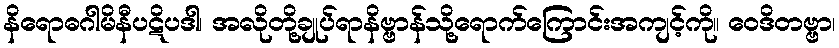
နိရောဓဂါမိနီပဋိပဒါ၊ အလိုတို့ချုပ်ရာနိဗ္ဗာန်သို့ရောက်ကြောင်းအကျင့်ကို။ ဝေဒိတဗ္ဗာ၊